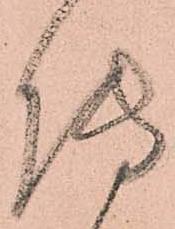
傳